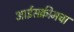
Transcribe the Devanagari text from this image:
आईसक्रीमचा